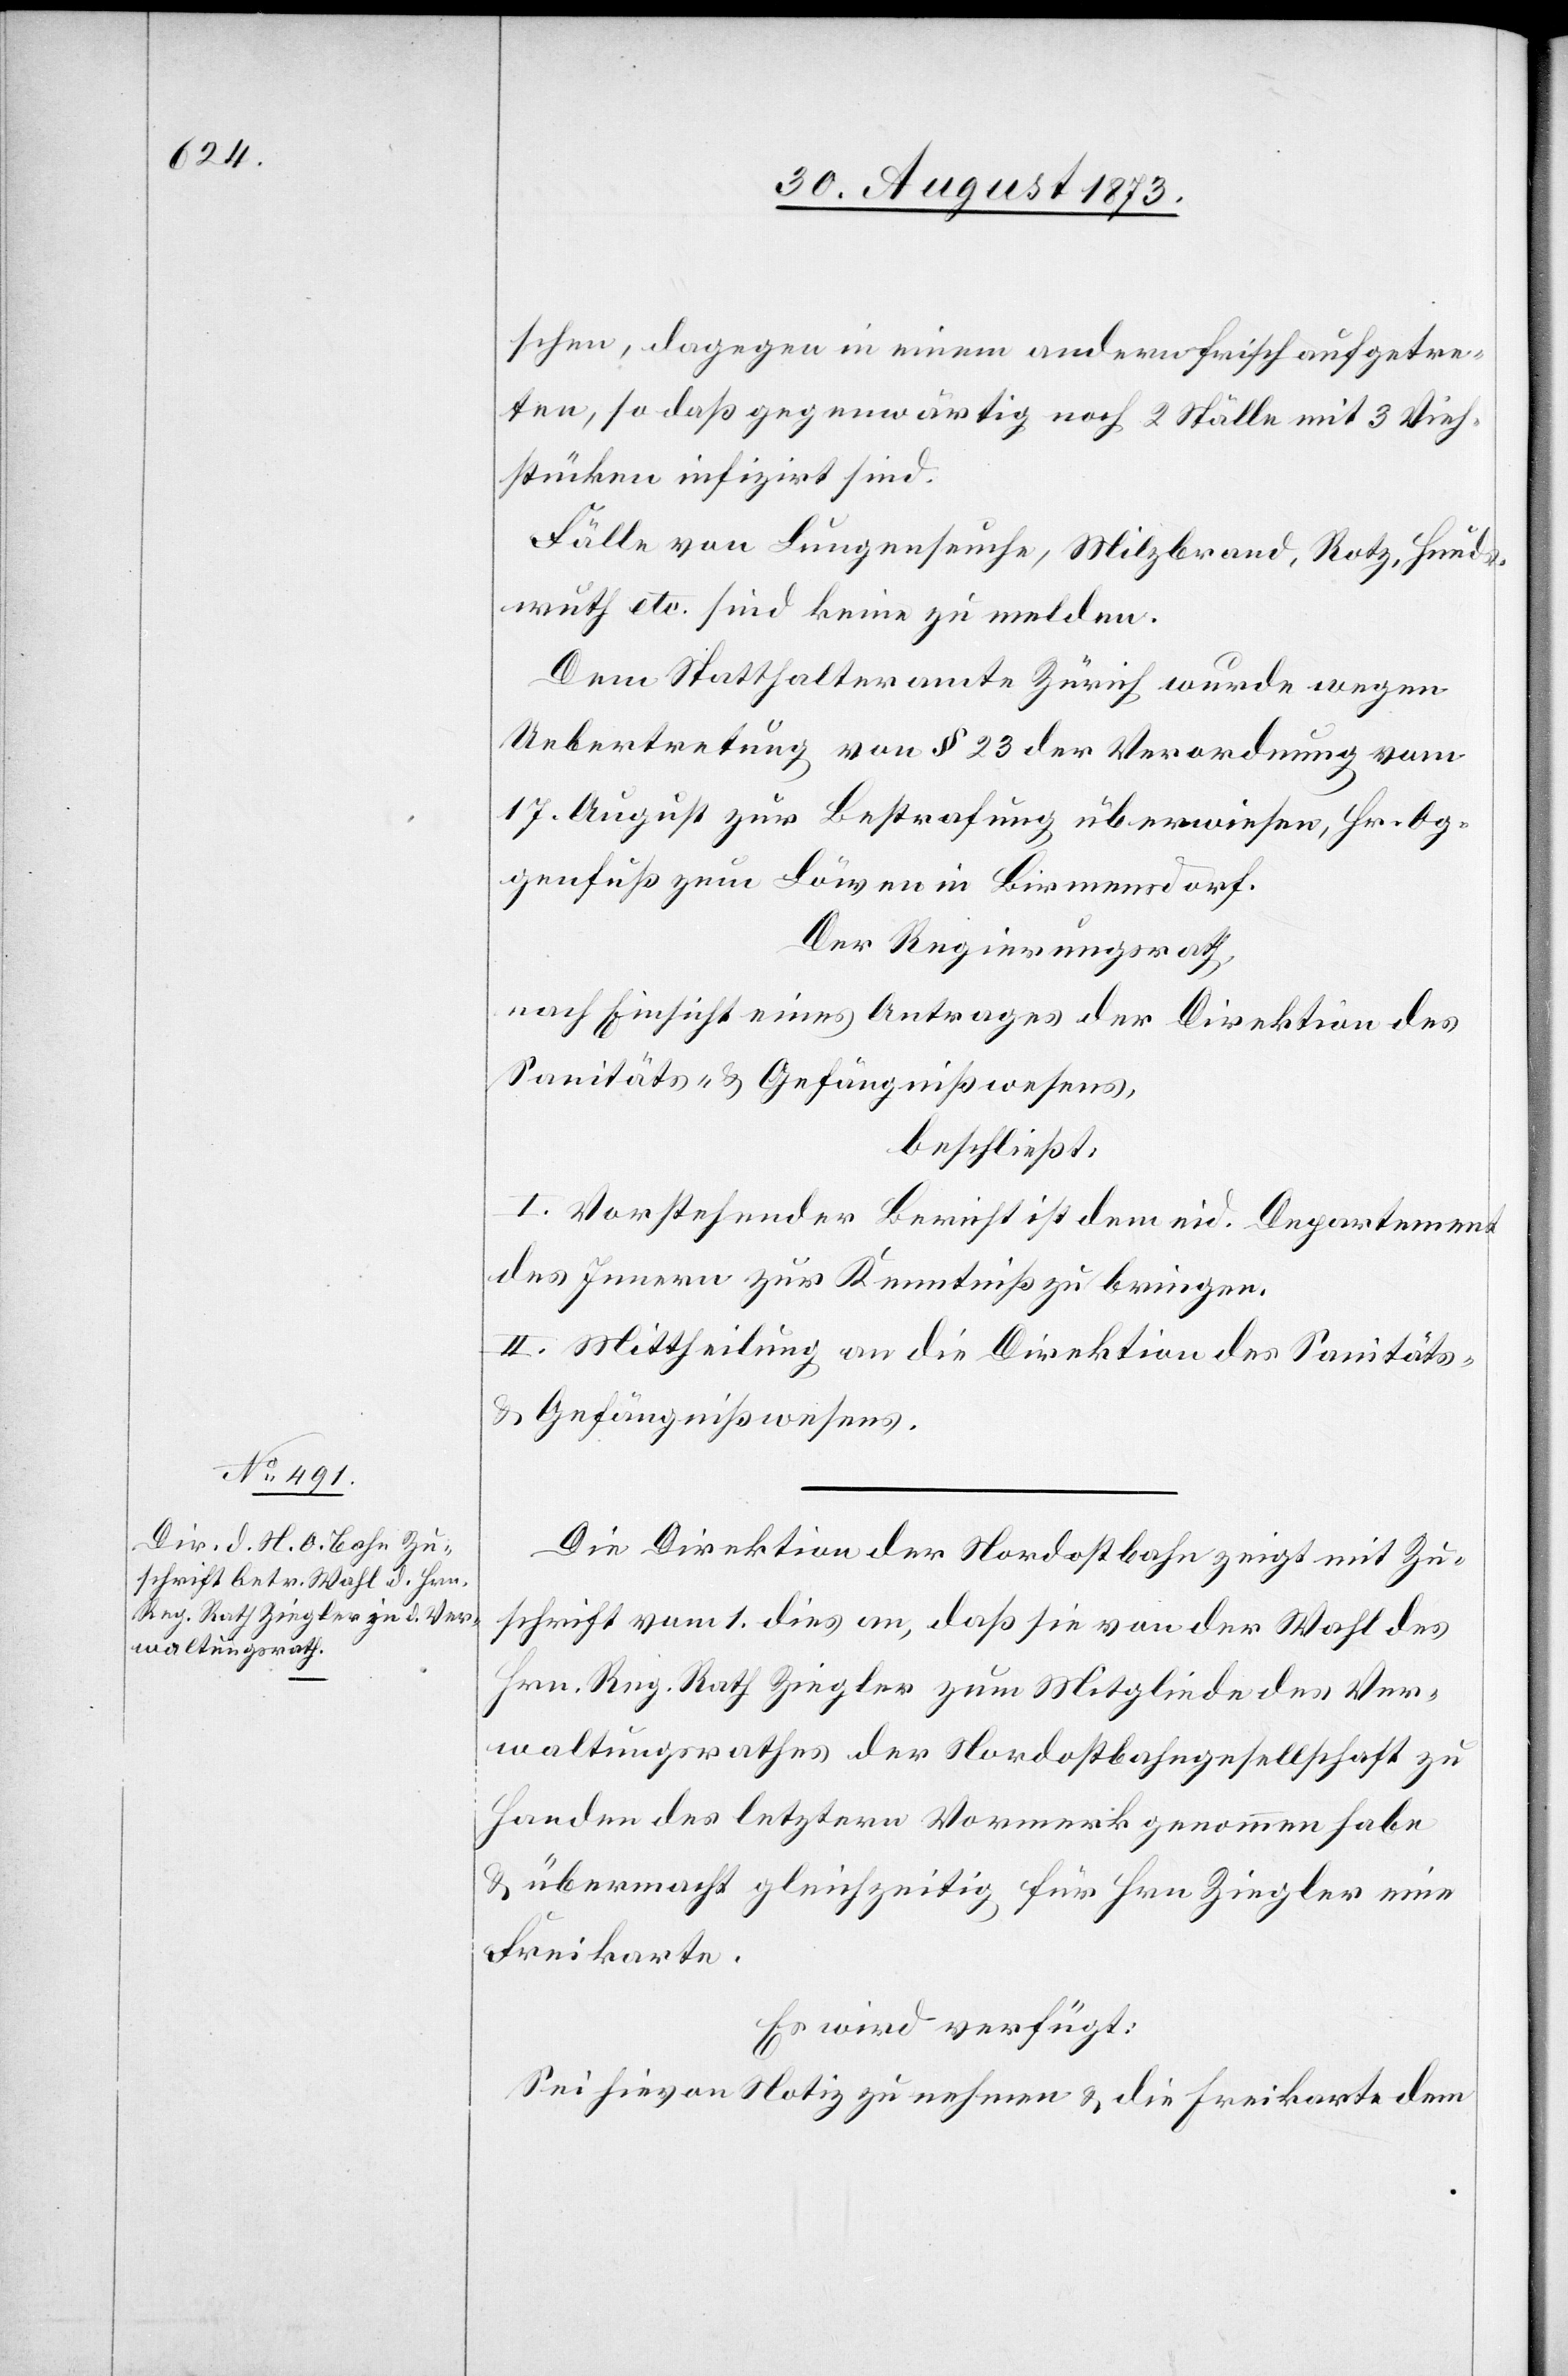
schen, dagegen in einem andern frisch aufgetre¬
ten, so daß gegenwärtig noch 2 Ställe mit 3 Vieh¬
stücken infizirt sind.
Fälle von Lungenseuche, Milzbrand, Rotz, Hunds¬
wuth etc. sind keine zu melden.
Dem Statthalteramte Zürich wurde wegen
Uebertretung von § 23 der Verordnung vom
17. August zur Bestrafung überwiesen, Hr. Og¬
genfuß zum Löwen in Birmensdorf.
Der Regierungsrath,
nach Einsicht eines Antrages der Direktion des
Sanitäts- & Gefängnißwesens,
beschließt:
I. Vorstehender Bericht ist dem eid. Departement
des Innern zur Kenntniß zu bringen.
II. Mittheilung an die Direktion des Sanitäts-
& Gefängnißwesens.
Die Direktion der Nordostbahn zeigt mit Zu¬
schrift vom 1. dies an, daß sie von der Wahl des
Hrn. Reg. Rath Ziegler zum Mitgliede des Ver¬
waltungrathes der Nordostbahngesellschaft zu
Handen des letztern Vormerk genommen habe
& übermacht gleichzeitig für Hrn Ziegler eine
Freikarte.
Es wird verfügt:
Sei hievon Notiz zu nehmen & die Freikarte dem